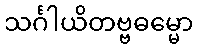
သင်္ဂါယိတဗ္ဗဓမ္မော